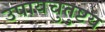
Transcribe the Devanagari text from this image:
उपायचुतुष्टय